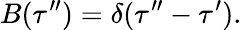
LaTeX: B(\tau^{\prime\prime})=\delta(\tau^{\prime\prime}-\tau^{\prime}).